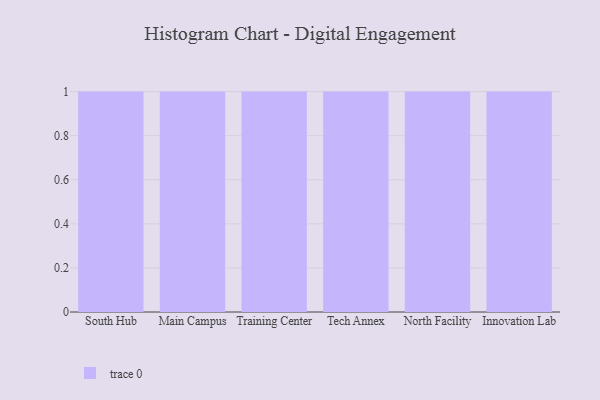
{"axis": {"x": "Campus", "y": "Tickets Resolved"}, "legend": [""], "data": [{"x": "South Hub", "y": 87, "type": ""}, {"x": "Main Campus", "y": 50, "type": ""}, {"x": "Training Center", "y": 58, "type": ""}, {"x": "Tech Annex", "y": 76, "type": ""}, {"x": "North Facility", "y": 4, "type": ""}, {"x": "Innovation Lab", "y": 61, "type": ""}]}